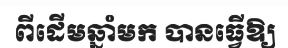
ពីដើមឆ្នាំមក បានធ្វើឱ្យ